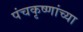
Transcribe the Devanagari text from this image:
पंचकृष्णांच्या